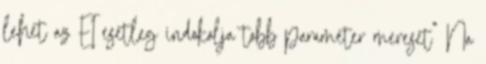
lehet az EI esetleg indokolja tobb parameter mereset” Na